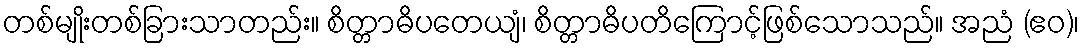
တစ်မျိုးတစ်ခြားသာတည်း။ စိတ္တာဓိပတေယျံ၊ စိတ္တာဓိပတိကြောင့်ဖြစ်သောသည်။ အညံ (ဧဝ)၊